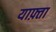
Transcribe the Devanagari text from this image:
याफ़्ता